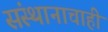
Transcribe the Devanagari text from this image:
संस्थानाचाही